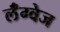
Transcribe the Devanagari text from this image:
लॅंग्वेज